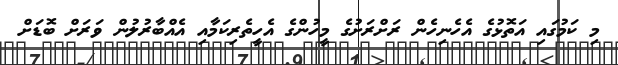
މި ކަމުގައި އަތޮޅުގެ އެހެނިހެން ރަށްރަށުގެ މީހުންގެ އެހީތެރިކަމާއި އެއްބާރުލުން ވަރަށް ބޮޑަށް